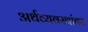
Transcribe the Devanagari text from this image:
अर्थव्यवस्थांवर